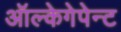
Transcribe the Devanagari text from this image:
ऑल्केगेपेन्ट